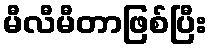
မီလီမီတာဖြစ်ပြီး